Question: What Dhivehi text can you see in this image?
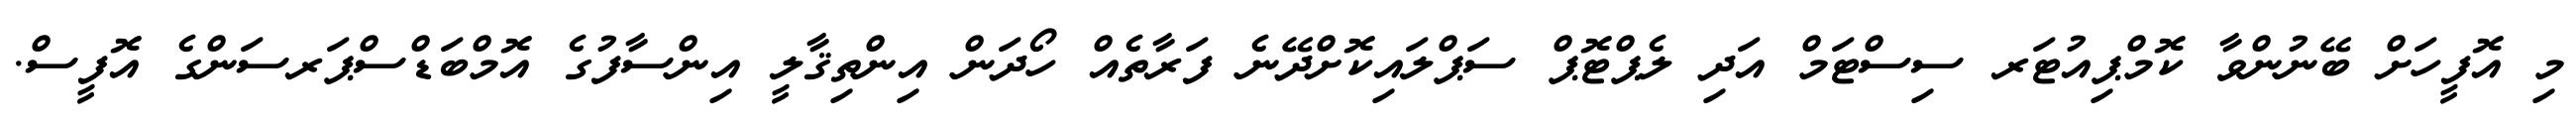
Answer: މި އޮފީހަށް ބޭނުންވާ ކޮމްޕިއުޓަރ ސިސްޓަމް އަދި ލެޕްޓޮޕް ސަޕްލައިކޮށްދޭނެ ފަރާތެއް ހޯދަން އިންތިޤާލީ އިންސާފުގެ އޮމްބަޑްސްޕަރސަންގެ އޮފީސް.